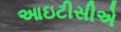
આઇટીસીએ